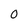
Character: 0